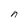
Character: n